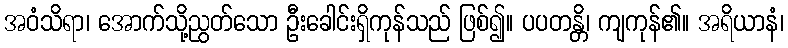
အဝံသိရာ၊ အောက်သို့ညွတ်သော ဦးခေါင်းရှိကုန်သည် ဖြစ်၍။ ပပတန္တိ၊ ကျကုန်၏။ အရိယာနံ၊